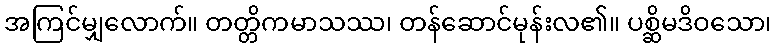
အကြင်မျှလောက်။ တတ္တိကမာသဿ၊ တန်ဆောင်မုန်းလ၏။ ပစ္ဆိမဒိဝသော၊